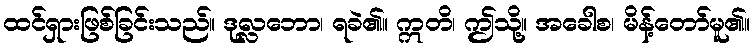
ထင်ရှားဖြစ်ခြင်းသည်။ ဒုလ္လဘော၊ ရခဲ၏။ ဣတိ၊ ဤသို့။ အခေါစ၊ မိန့်တော်မူ၏။